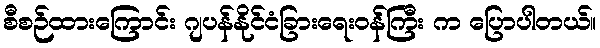
စီစဉ်ထားကြောင်း ဂျပန်နိုင်ငံခြားရေးဝန်ကြီး က ပြောပါတယ်။